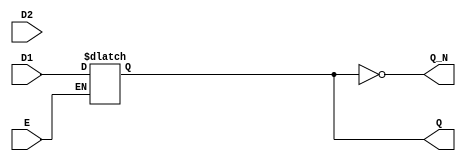
module dual_input_gated_latch (
    input wire D1,        // Data input for the first value
    input wire D2,        // Data input for the second value
    input wire E,         // Enable signal
    output reg Q,         // Output state of the latch
    output wire Q_N       // Complementary output
);

    // Generate the complementary output
    assign Q_N = ~Q;

    // Always block sensitive to the level of Enable
    always @(*) begin
        if (E) begin
            // Output is updated based on the inputs when Enable is high
            // You can choose between D1 and D2 based on additional control logic
            // Here we use a simple selection mechanism based on D1 and D2
            Q = D1; // You can change this line as needed to select D1 or D2
            // Alternatively, if you have a selector signal you could implement:
            // Q = select ? D1 : D2; // Where 'select' is an additional input signal
        end else begin
            // Maintain the previous state when Enable is low
            Q = Q;
        end
    end

endmodule